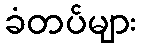
ခံတပ်များ